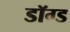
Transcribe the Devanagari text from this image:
डॉग्ड